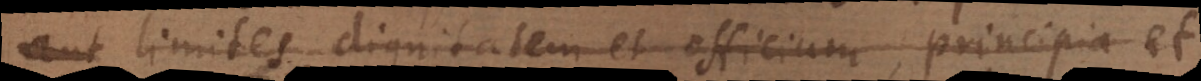
limites, dignitatem et officium, principia et